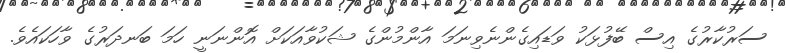
ސަރުކާރުގެ އިސް ބޭފުޅަކު ވަޑައިގެންނެވިނަމަ އާންމުންގެ ޝަކުވާއަކަށް އޮންނަނީ ހަމަ ބަނދަރުގެ ވާހަކައެވެ.